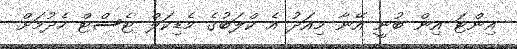
އިންޓަ އިން ބުނީ އޭނާ މިއަދު އެ ކްލަބުގެ މެޑިކަލް ޓެސްޓް ހެދުމަށް